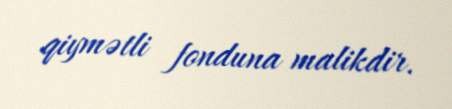
qiymətli fonduna malikdir.